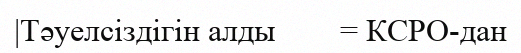
|Тәуелсіздігін алды        = КСРО-дан